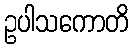
ဥပါသကောတိ